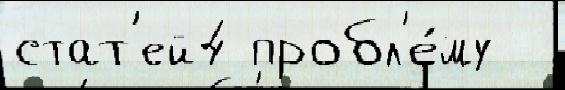
стат'ей4 пробл'е́му